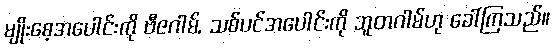
မျိုးစေ့အပေါင်းကို ဗီဇဂါမ်, သစ်ပင်အပေါင်းကို ဘူတဂါမ်ဟု ခေါ်ကြသည်။